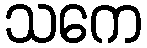
သကေ